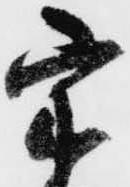
宗